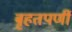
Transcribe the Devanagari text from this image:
बृहतपर्णी